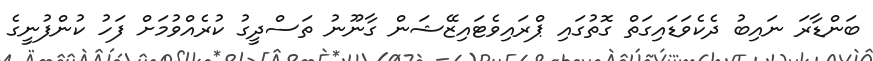
ބަންޑާރަ ނައިބު ދެކެވަޑައިގަތް ގޮތުގައި ޕްރައިވެޓައިޒޭޝަން ގާނޫނު ތަސްދީގު ކުރެއްވުމަށް ފަހު ކުންފުނީގެ